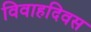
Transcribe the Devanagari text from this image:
विवाहदिवस